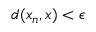
d ( x _ { n } , x ) < \epsilon